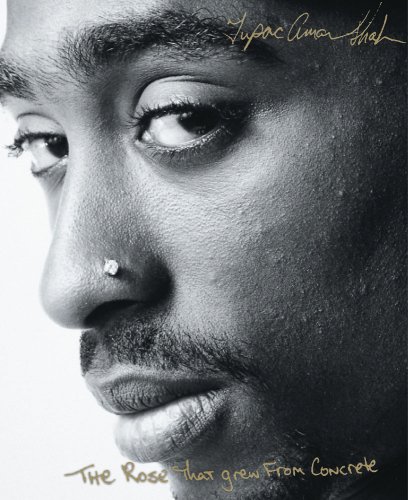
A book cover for The Rose that Grew from Concrete; Tupac Shakur; Humor & Entertainment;